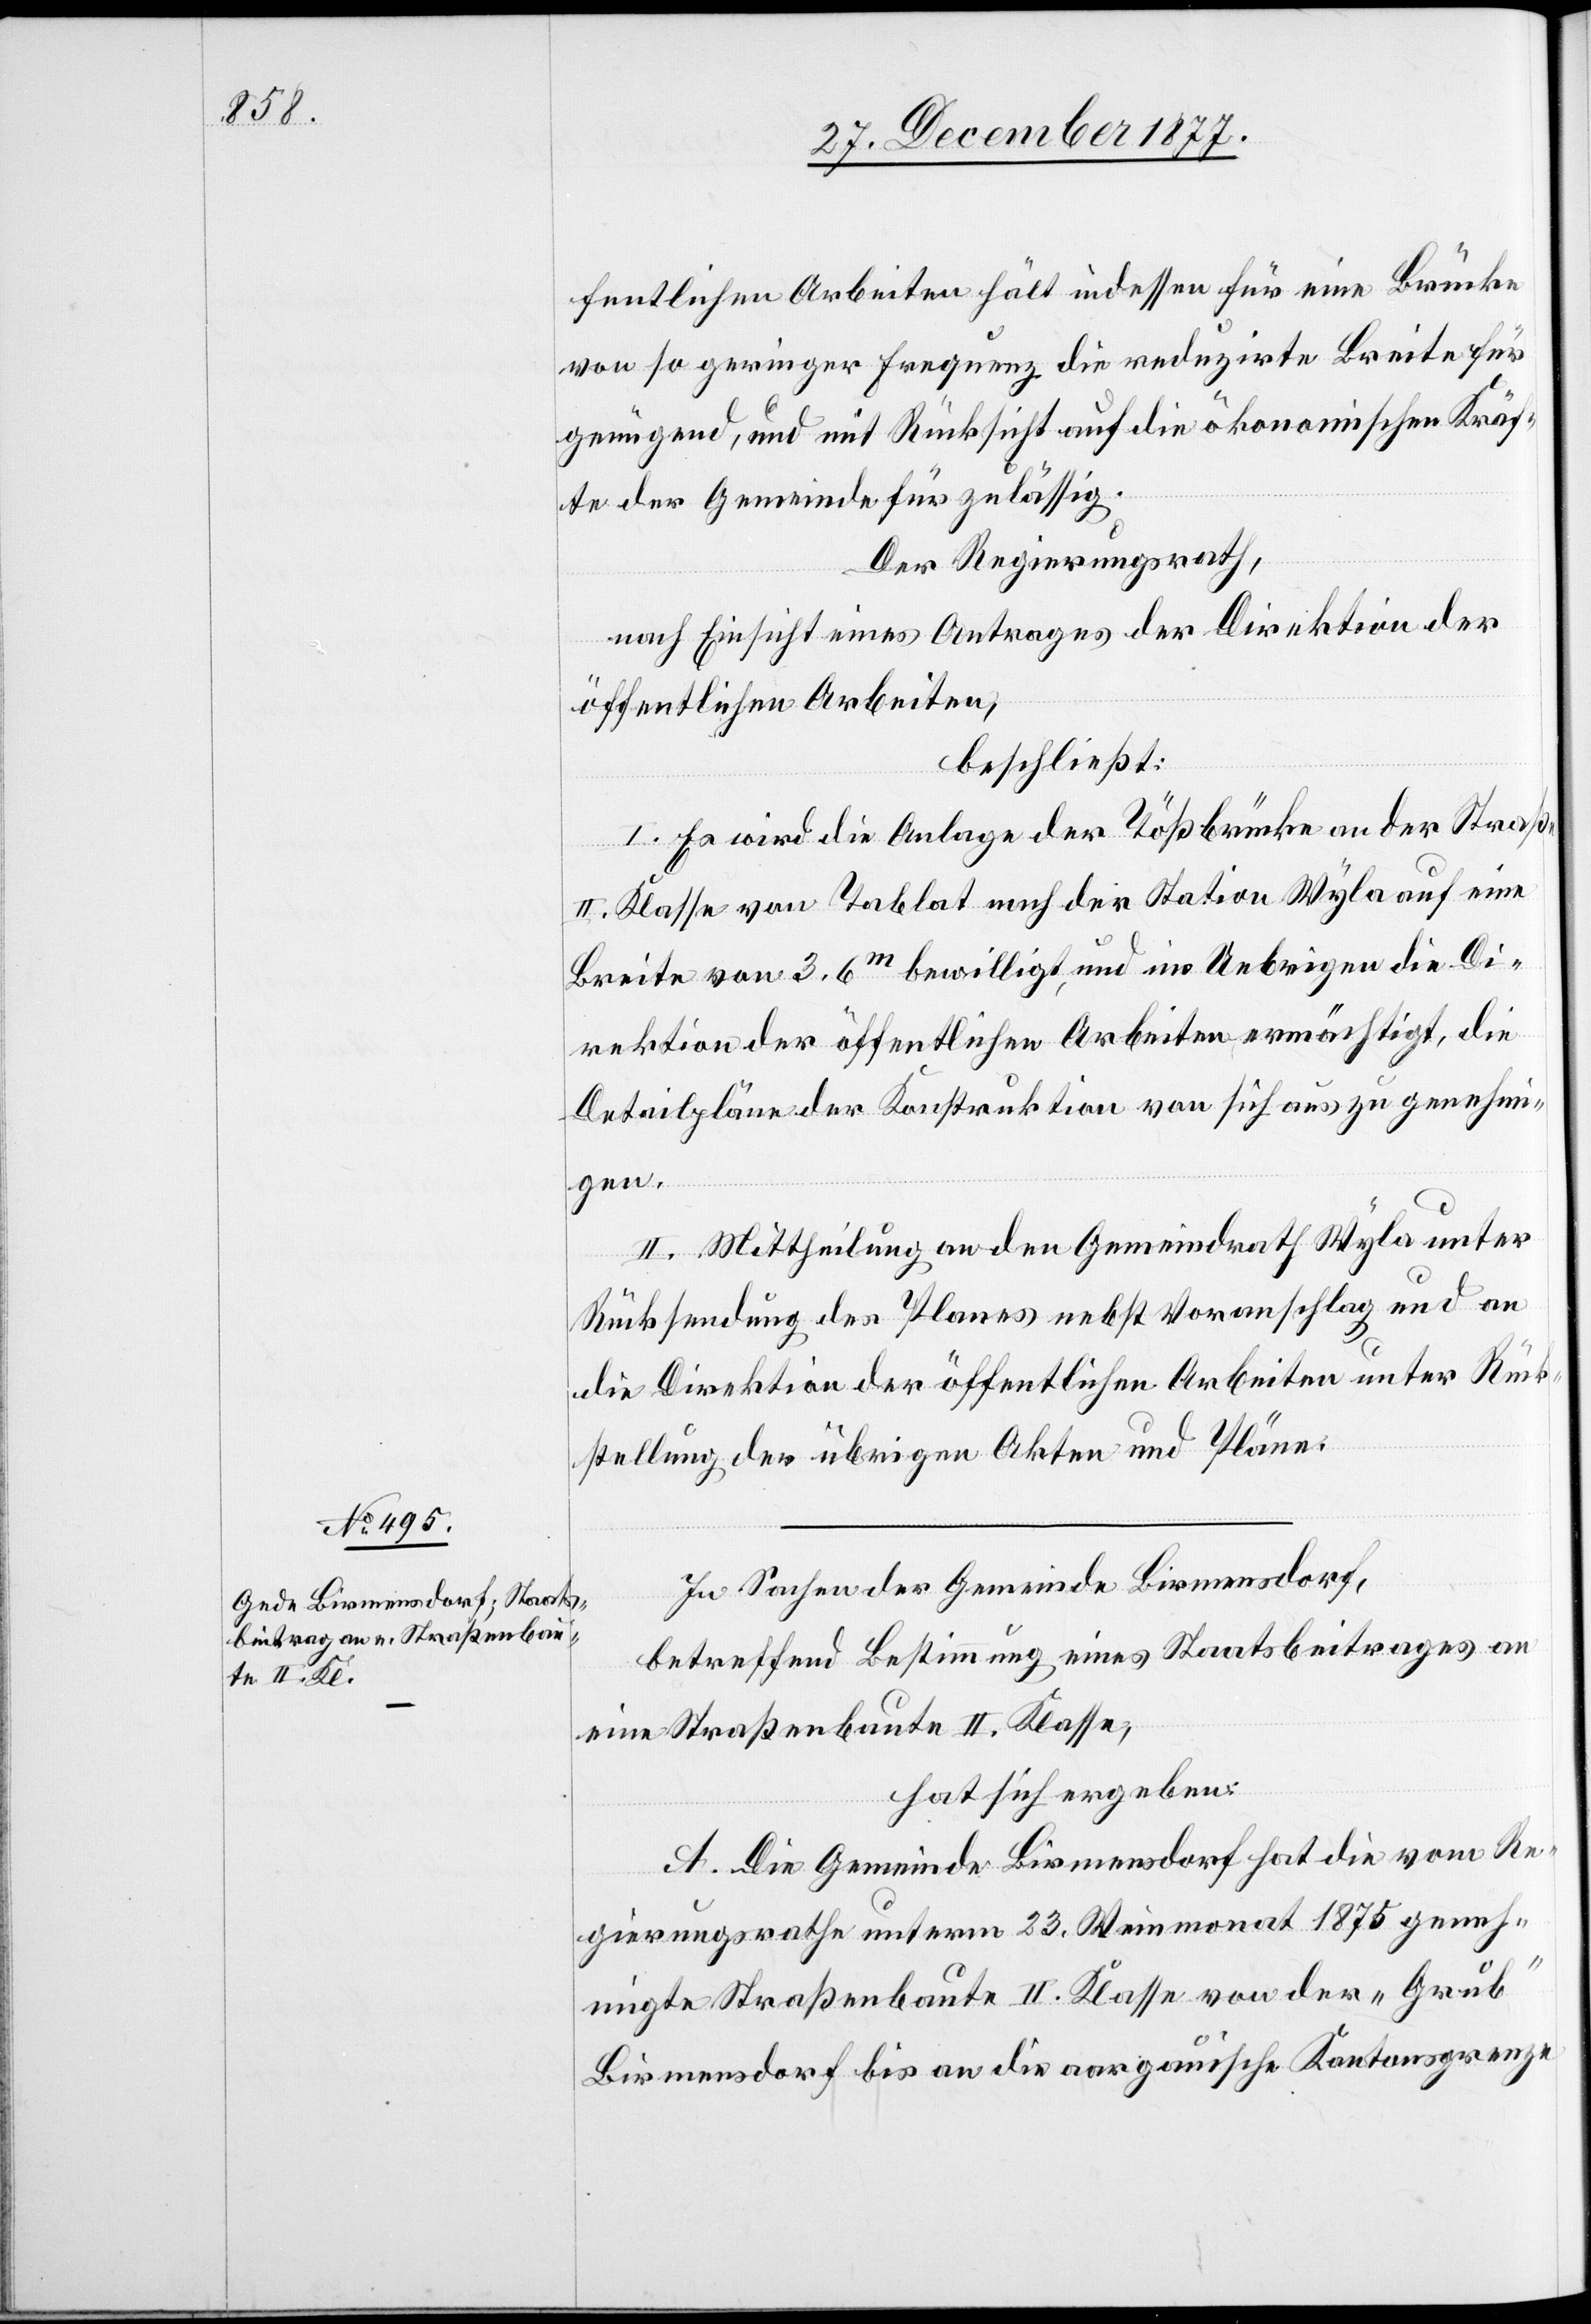
fentlichen Arbeiten hält indessen für eine Brücke
von so geringer Frequenz die reduzirte Breite für
genügend, und mit Rücksicht auf die ökonomischen Kräf¬
te der Gemeinde für zulässig.
Der Regierungsrath,
nach Einsicht eines Antrages der Direktion der
öffentlichen Arbeiten,
beschließt:
I. Es wird die Anlage der Tößbrücke an der Straße
II. Klasse von Tablat nach der Station Wyla auf eine
Breite von 3.6m bewilligt, und im Uebrigen die Di¬
rektion der öffentlichen Arbeiten ermächtigt, die
Detailpläne der Konstruktion von sich aus zu genehmi¬
gen.
II. Mittheilung an den Gemeindrath Wyla unter
Rücksendung des Planes nebst Voranschlag und an
die Direktion der öffentlichen Arbeiten unter Rück¬
stellung der übrigen Akten und Pläne.
In Sachen der Gemeinde Birmensdorf,
betreffend Bestimmung eines Staatsbeitrages an
eine Straßenbaute II. Klasse,
hat sich ergeben:
A. Die Gemeinde Birmensdorf hat die vom Re¬
gierungsrathe unterm 23. Weinmonat 1875 geneh¬
migte Straßenbaute II. Klasse von der „Grub“
Birmensdorf bis an die aargauische Kantonsgrenze